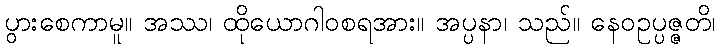
ပွားစေကာမူ။ အဿ၊ ထိုယောဂါဝစရအား။ အပ္ပနာ၊ သည်။ နေဝဥပ္ပဇ္ဇတိ၊